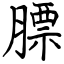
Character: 膘